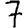
Digit: 7